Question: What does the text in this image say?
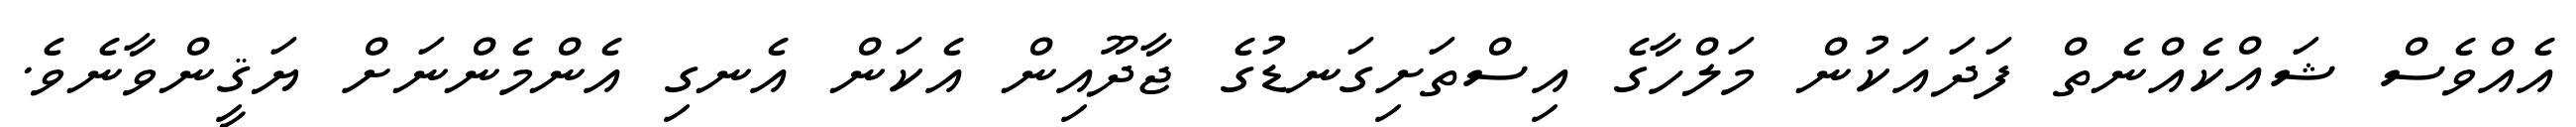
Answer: އެއްވެސް ޝައްކެއްނެތް ފަދައަކުން މަލްހާގެ އިސްތަށިގަނޑުގެ ޖާދޫއިން އެކަން އެނގި އެންމެންނަށް ޔަޤީންވާނެވެ.